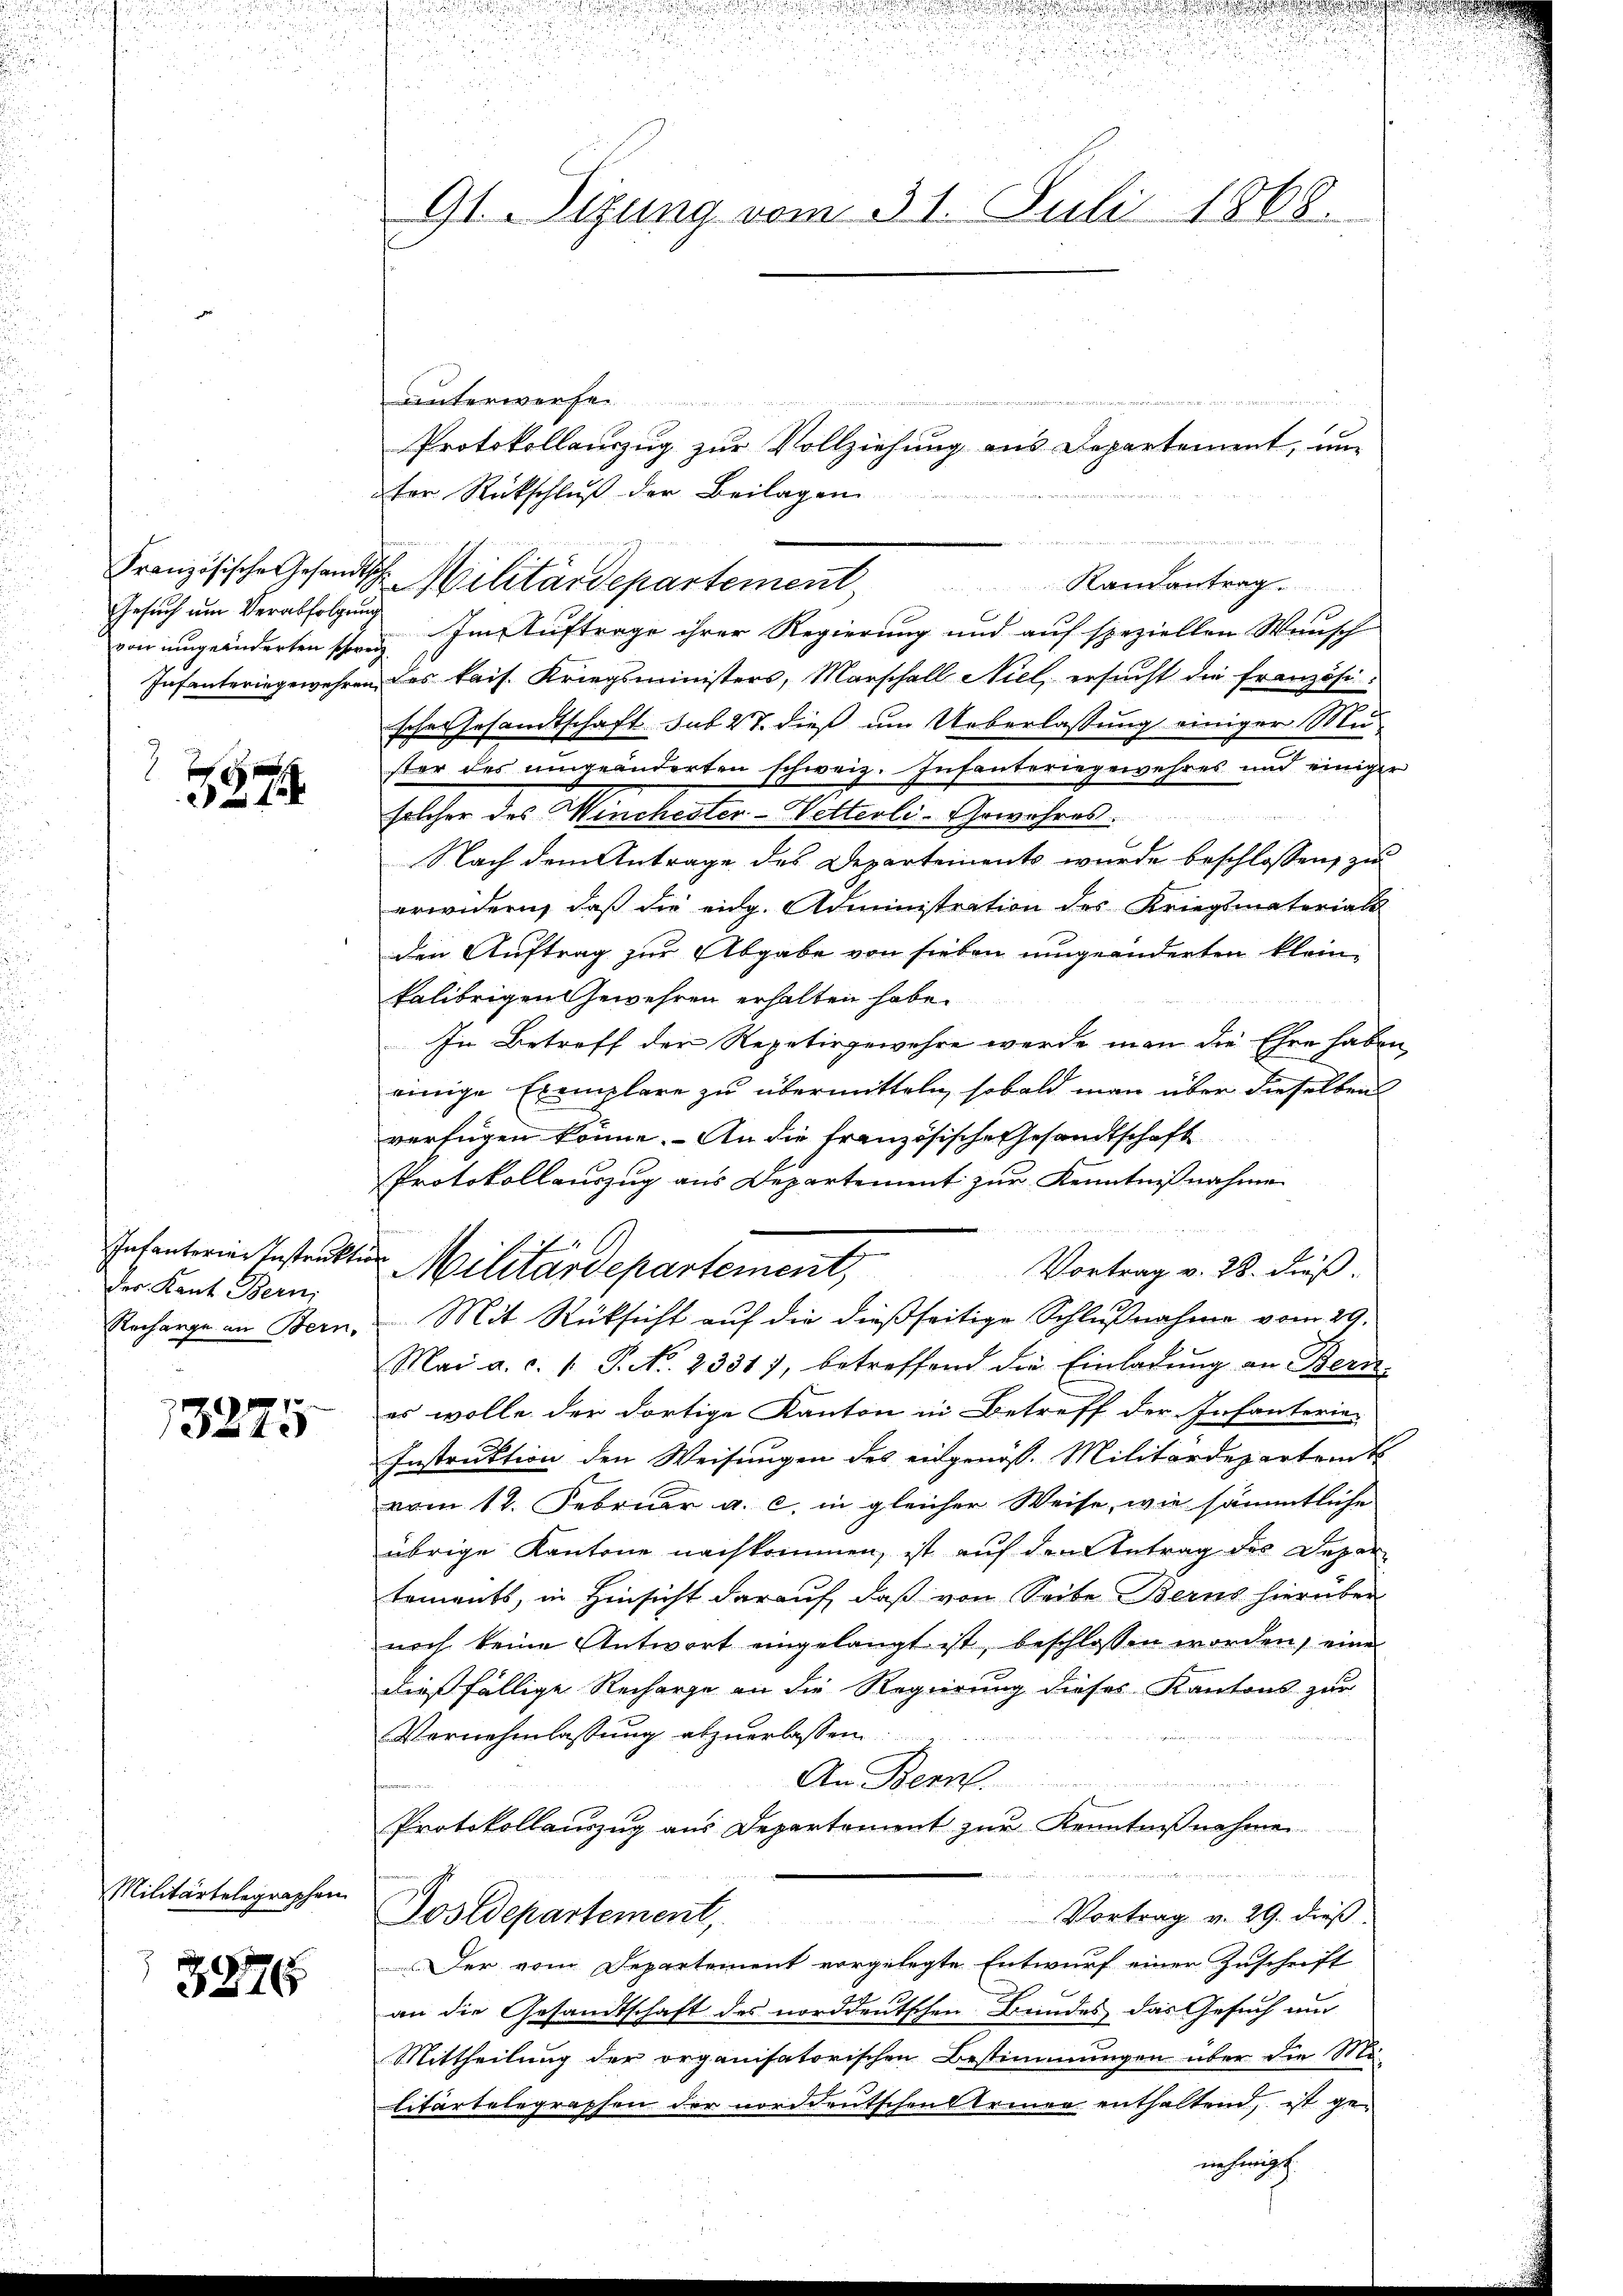
Gesuch um Verabfolgung
von umgeänderten schweiz
Infanteringewehren.

387

Infanterien Instruktio
der Kant. Bern,
Recharge an Bern,

13275

Militärtelegraphen

3276

91. Sizung vom 31. Juli 1868.

an der in gegen
unterwerfen.
Protokollauszug zur Vollziehung aus Departement, un
ter Rückschluß der Beilagen.
2
Französische Gesandtsch Militärdepartement Randantrag
t
Im Auftrage ihrer Regierung und auf speziellen Wunsch
das kais. Kriegsministers, Marschall Niel, ersŭcht die französi-
schen Gesamtschaft sub 27. dieß um Ueberlassung einiger Muster des umgeänderten schweiz. Infanteriegewehres und einiger
selcher des Menchester-Wetterli. Gewehres.
Nach dem Antrage des Departements wurde beschlossen, zu
erwidern, daβ die eidg. Administration des Kriegsmaterials
den Auftrag zur Abgabe von sieben umgeänderten kleinkalibrigen Gewehren erhalten habe.
In Betreff der Repetirgewehre werde man die Ehre haben
einige Exemplare zu übermitteln, sobald man über dieselben
verfügen könne. An die französische Gesandtschaft
Protokollauszug aus Departement zur Kenntnißnahme
fe
Vortrag v. 28. dieß.
Mit Rüksicht auf die dießseitige Schlußnahme vom 29.
Mai a. c. 1. P. Nr. 23317, betreffend die Einladŭng an Bern-
es wolle der dortige Kanton in Betreff der Infanterie-
Instruktion den Weisungen des eidgenöss. Militärdepartem t
vom 12. Februar a. c. in gleicher Weise, wie sämmtliche
übrige Kantone nachkommen, ist auf den Antrag des Departements, in Hinsicht darauf, daß von Seite Berns hierüber
noch keine Antwort eingelangt ist, beschlossen worden, eine
dießfällige Recharge an die Regierung dieses Kantons zur
Vernehmlassung abzuerlassen.
An Bern.
Protokollauszug aus Departement zur Kenntnisnehmen
un
Postdepartement, Vortrag v. 29. dieβ.
Der vom Departement vorgelegte Entwurf einer Zuschrift
an die Gesandtschaft des norddeutschen Bundes das Gesuch um
Mittheilung der organisatorischen Bestimmungen über die Mi-
litärtelegraphen der norddeutschen Steiner enthaltend, ist ge-

Militärdepartement,